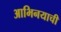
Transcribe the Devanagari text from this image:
आभिनयाची